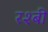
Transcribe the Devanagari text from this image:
रश्बी